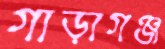
গাড়াগঞ্জ